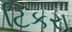
ટિકરા